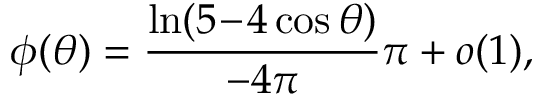
\phi ( \theta ) = \frac { \ln ( 5 \! - \! 4 \cos \theta ) } { - 4 \pi } \pi + o ( 1 ) ,